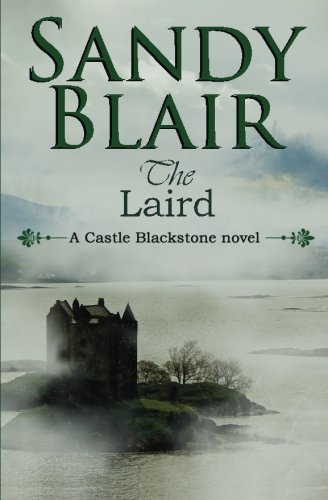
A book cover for The Laird (A Castle Blackstone Novel); Sandy Blair; Romance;